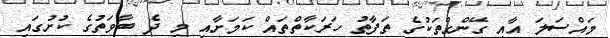
މައްސަލަ އާއި ގޭންގްތަކުގެ ތަފާތު ހަރަކާތްތައް ކަމަށާއި މި ދެ ބާވަތުގެ ކުށުގައި